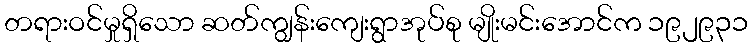
တရားဝင်မှုရှိသော ဆတ်ကျွန်းကျေးရွာအုပ်စု မျိုးမင်းအောင်က ၁၉၂၉၃၁